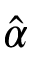
\hat { \alpha }